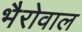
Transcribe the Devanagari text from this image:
भैरोवाल